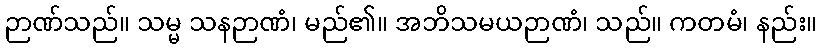
ဉာဏ်သည်။ သမ္မ သနဉာဏံ၊ မည်၏။ အဘိသမယဉာဏံ၊ သည်။ ကတမံ၊ နည်း။